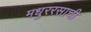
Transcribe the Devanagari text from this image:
मधुररसाची